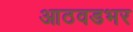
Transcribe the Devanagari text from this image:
आठवडभर